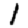
Digit: 1